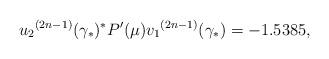
LaTeX: \begin{align*}{u_2}^{(2n - 1)}{({\gamma _*})^*}P'(\mu ){v_1}^{(2n - 1)}({\gamma _*}) = {\rm{ - 1}}{\rm{.5385}},\end{align*}